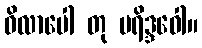
ဝိလာပေါ တု ပရိဒ္ဒဝေါ။